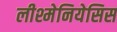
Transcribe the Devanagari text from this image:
लीश्मेनियेसिस